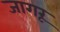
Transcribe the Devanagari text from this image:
जागरू